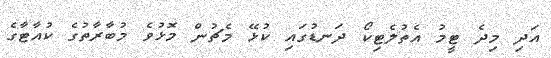
އަދި މިދެ ޓީމު އެތުލެޓިކޯ ދަނޑުގައި ކުޅޭ މެޗުން މޮޅުވެ މުބާރާތުގެ ކުއާޓާގެ